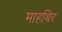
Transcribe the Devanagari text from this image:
माहथिर